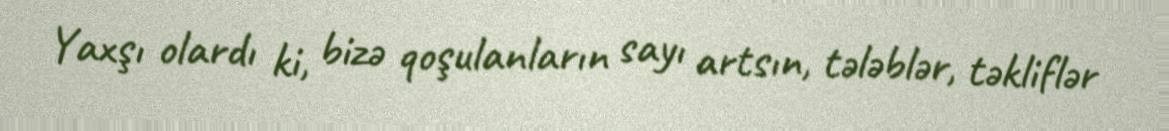
Yaxşı olardı ki, bizə qoşulanların sayı artsın, tələblər, təkliflər